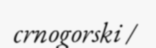
crnogorski /